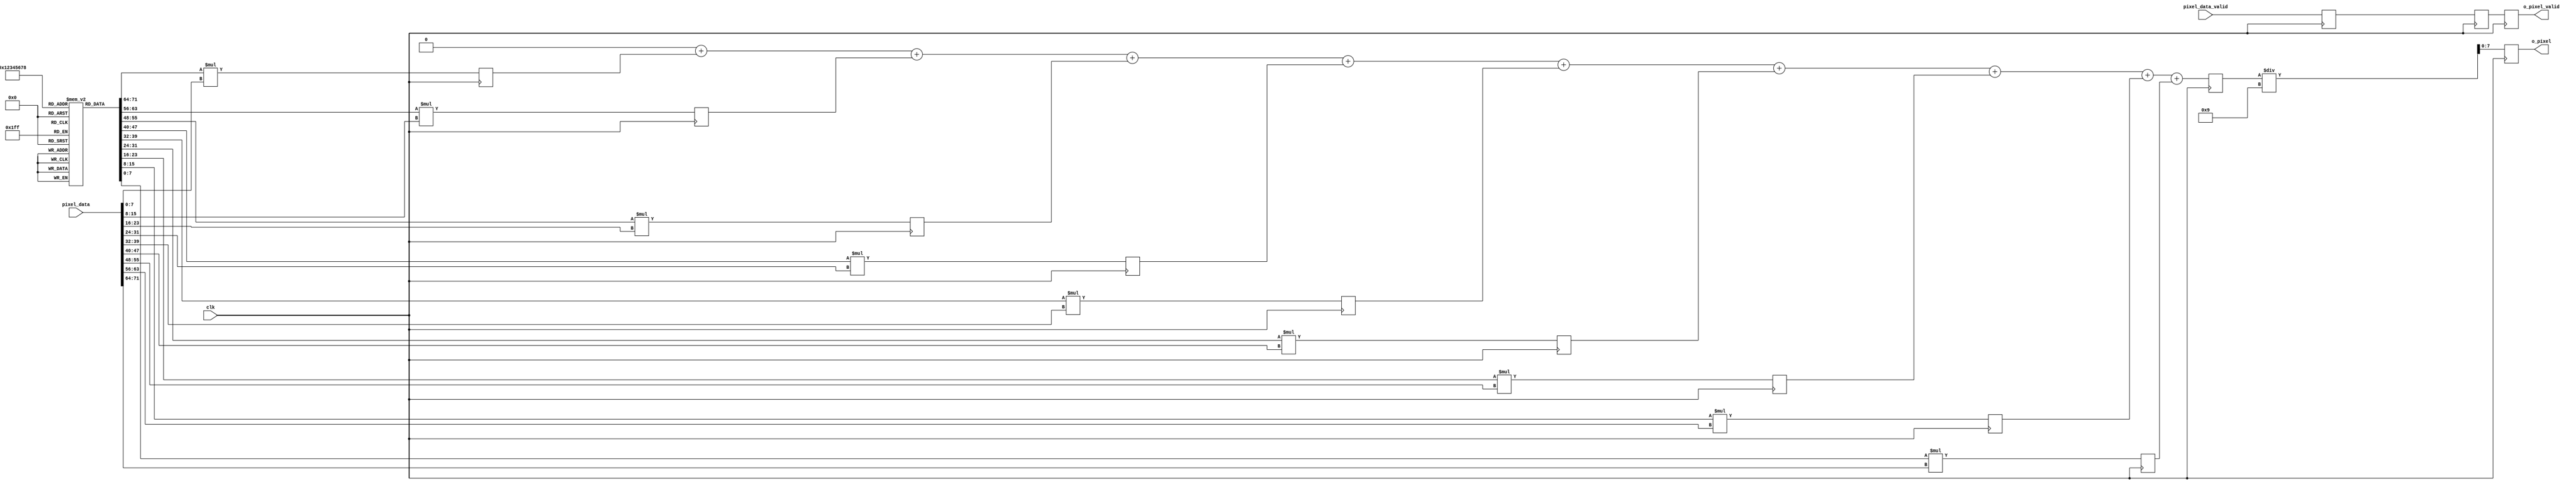
module mac(
    input clk,
    input[71:0] pixel_data,
    input pixel_data_valid,
    output reg [7:0] o_pixel,
    output o_pixel_valid
    );

integer i;    
reg[7:0] kernel [8:0];
reg[15:0] mulData[8:0];
reg[15:0] sumDataInt;
reg[15:0] sumData;
reg o_pixel_valid;
reg mulDatavalid;
reg sumDatavalid;

initial
begin
    for (i=0;i<9;i=i+1)
    begin
        kernel[i] = 1;
    end
end

always @ (posedge clk) begin
    for (i=0;i<9;i=i+1)
    begin
        mulData[i] = kernel[i]*pixel_data[i*8+:8];
    end
    mulDatavalid <= pixel_data_valid;
end

always @ (*) begin
    sumDataInt = 0;
    for (i=0;i<9;i=i+1)
    begin
        sumDataInt = sumDataInt + mulData[i];
    end
end

always @ (posedge clk) begin
    sumData <= sumDataInt;
    sumDatavalid <= mulDatavalid;
end

always @ (posedge clk) begin
    o_pixel <= sumData/9;
    o_pixel_valid <= sumDatavalid;
end

endmodule